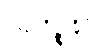
ဩသိဉ္စန္တိပိ